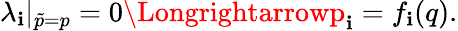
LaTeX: \lambda_{\mathbf{i}}|_{\tilde{{p}}=p}=0\Longrightarrowp_{\mathbf{i}}=f_{\mathbf{i}}(q){.}